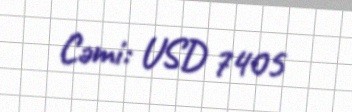
Cəmi: USD 7405